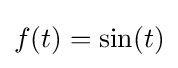
f(t)=\sin(t)